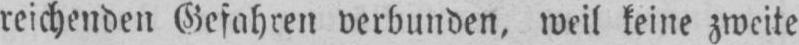
reichenden Gefahren verbunden, weil keine zweite